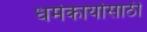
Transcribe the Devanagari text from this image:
धर्मकार्यासाठी